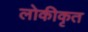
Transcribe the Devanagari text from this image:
लोकीकृत